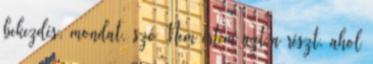
bekezdés, mondat, szó Nem értem azt a részt, ahol